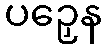
ပဉှေန